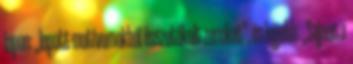
lapon: „lopott motívumokból összetákolt zenéket”, és lejjebb: „Sajnos a